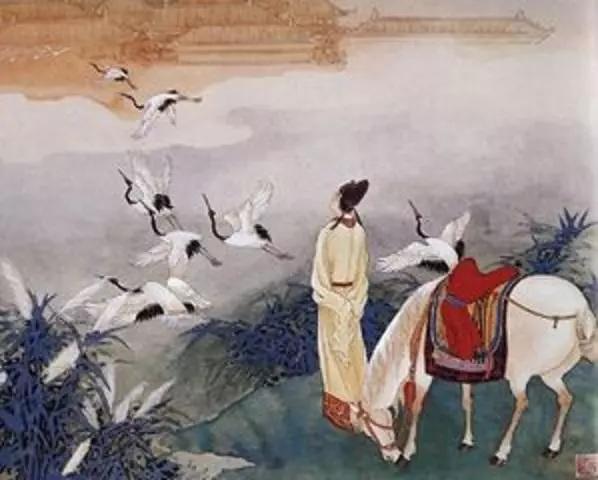
新知遭薄俗，旧好隔良缘。